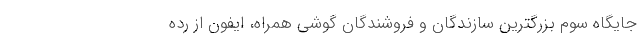
جایگاه سوم بزرگترین سازندگان و فروشندگان گوشی همراه، ایفون از رده